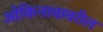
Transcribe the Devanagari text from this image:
ओकिनावावरील